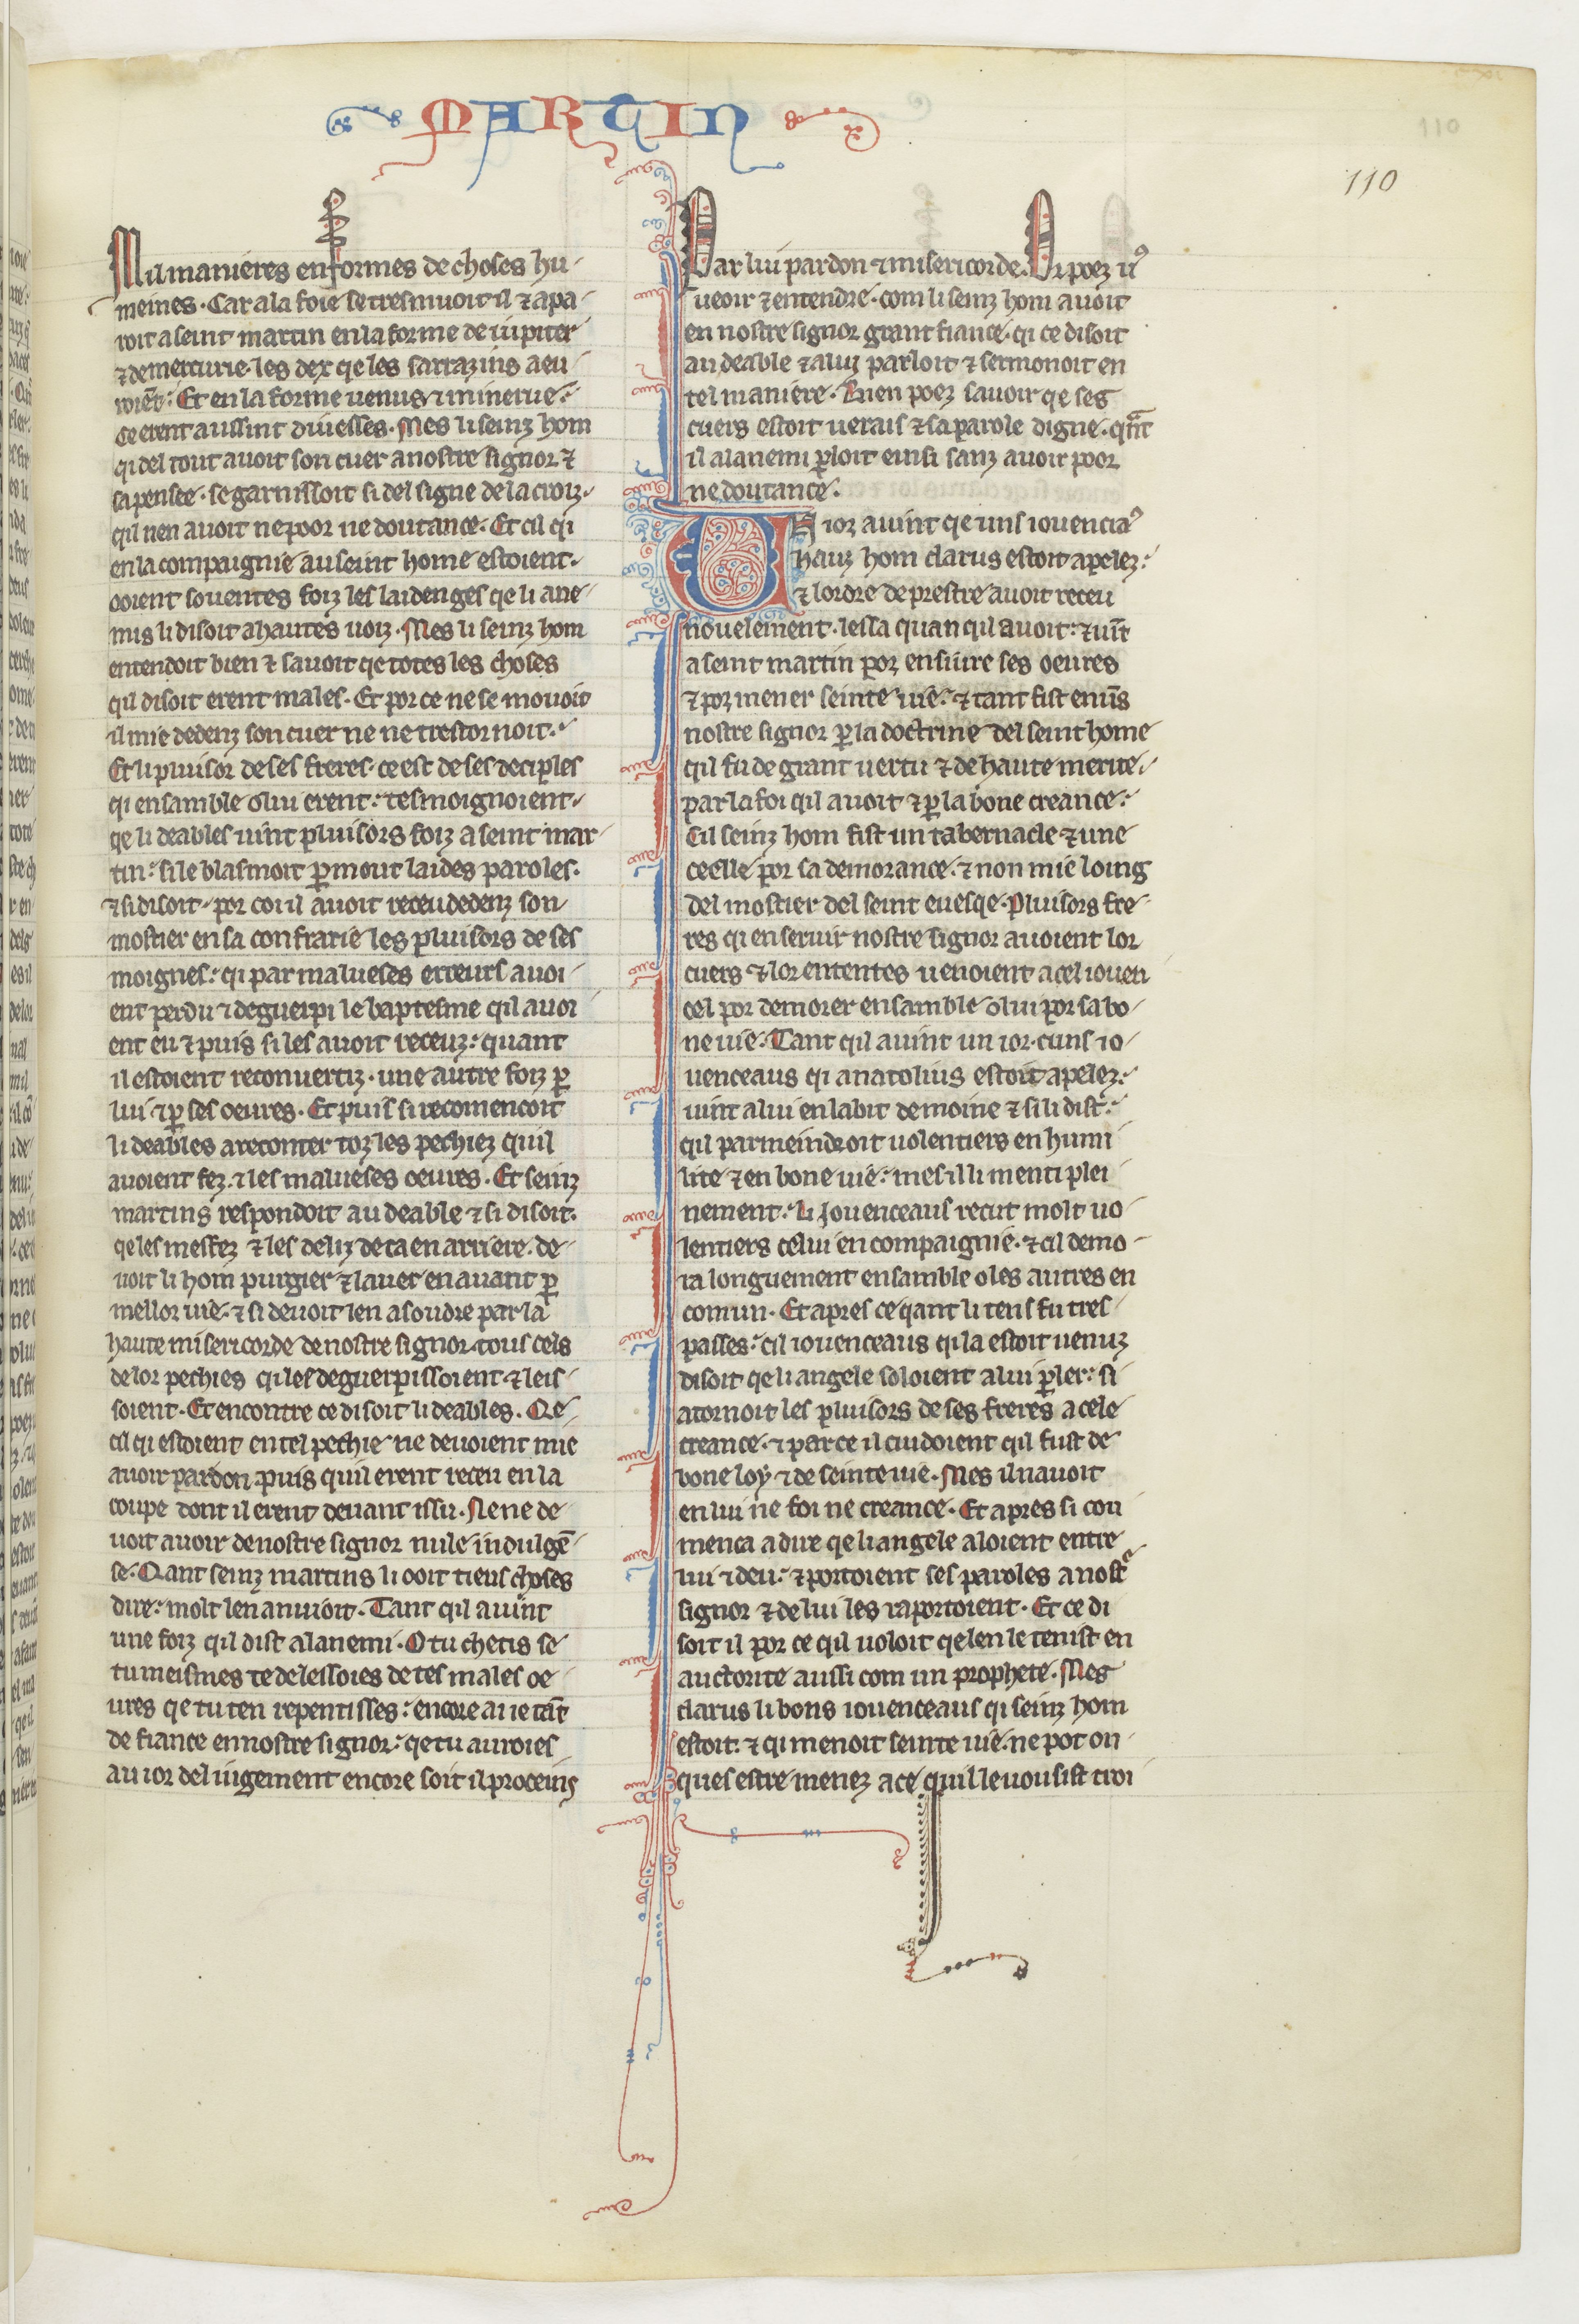
Shelfmark: Paris, BnF, fr. 412
Century: 13